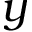
y